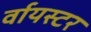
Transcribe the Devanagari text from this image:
र्वायस्टर